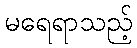
မရေရာသည့်